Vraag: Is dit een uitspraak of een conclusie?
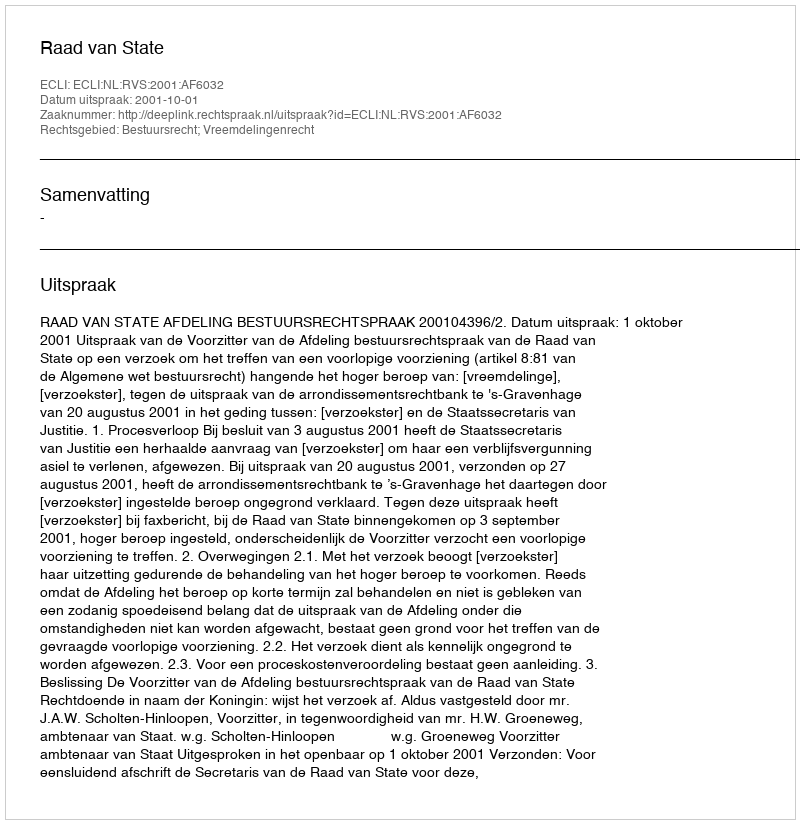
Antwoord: Uitspraak